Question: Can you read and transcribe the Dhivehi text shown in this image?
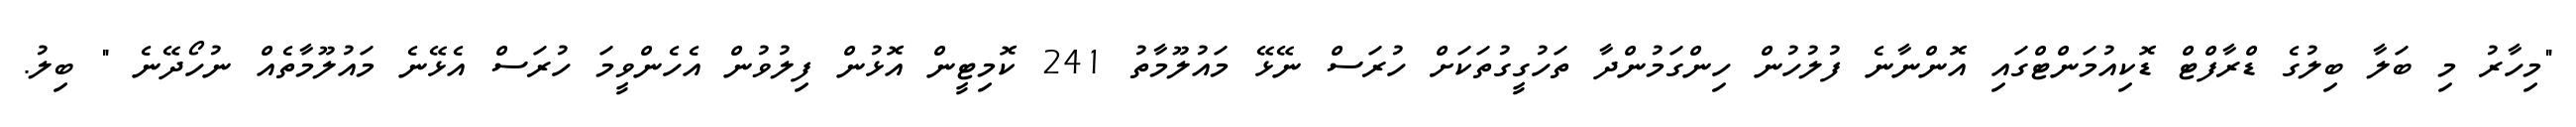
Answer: "މިހާރު މި ބަލާ ބިލުގެ ޑްރާފްޓް ޑޮކިއުމަންޓްގައި އޮންނާނެ ފުލުހުން ހިންގަމުންދާ ތަހުގީގުތަކަށް ހުރަސް ނޭޅޭ މައުލޫމާތު 241 ކޮމިޓީން އޮޅުން ފިލުވުން އެހެންވީމަ ހުރަސް އެޅޭނެ މައުލޫމާތެއް ނުހޯދޭނެ " ބިލު.